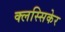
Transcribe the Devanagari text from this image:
क्लस्सिकेर